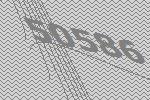
50586